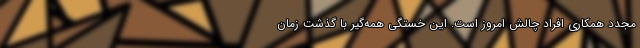
مجدد همکاری افراد چالش امروز است. این خستگی همه‌گیر با گذشت زمان